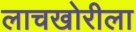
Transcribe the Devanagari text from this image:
लाचखोरीला